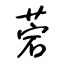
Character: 菪